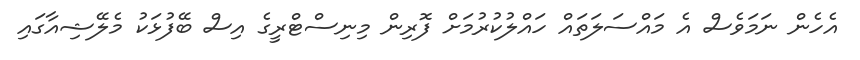
އެހެން ނަމަވެސް އެ މައްސަލަތައް ހައްލުކުރުމަށް ފޮރިން މިނިސްޓްރީގެ އިސް ބޭފުޅަކު މެލޭޝިއާގައި